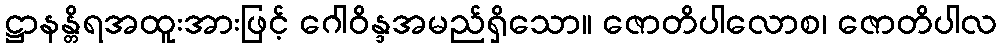
ဋ္ဌာနန္တိရအထူးအားဖြင့် ဂေါဝိန္ဒအမည်ရှိသော။ ဇောတိပါလောစ၊ ဇောတိပါလ